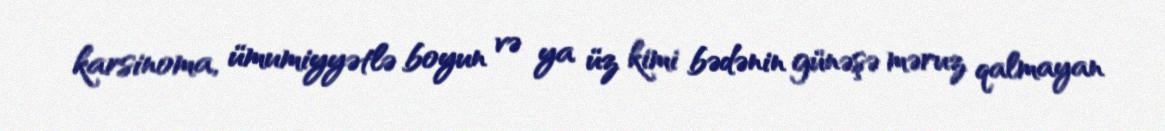
karsinoma, ümumiyyətlə boyun və ya üz kimi bədənin günəşə məruz qalmayan